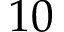
1 0